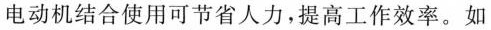
电动机结合使用可节省人力，提高工作效率。如